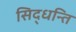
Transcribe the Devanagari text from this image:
सिद्धन्ति